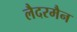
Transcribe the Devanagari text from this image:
लैदरमैन